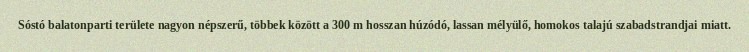
Sóstó balatonparti területe nagyon népszerű, többek között a 300 m hosszan húzódó, lassan mélyülő, homokos talajú szabadstrandjai miatt.